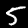
Label: 5